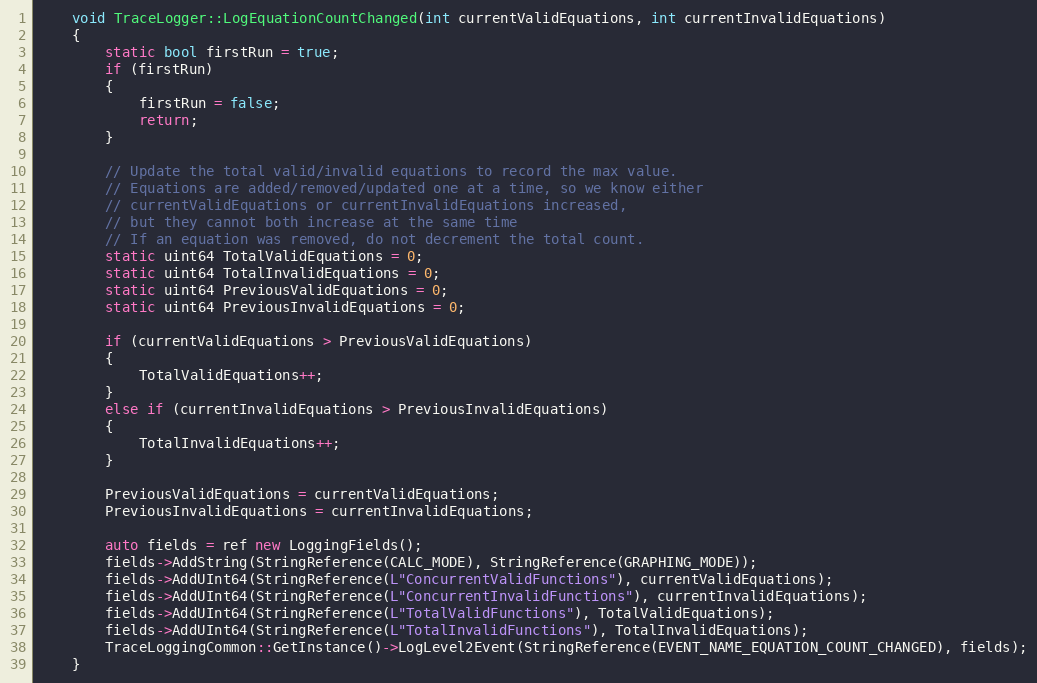
Language: C++
    void TraceLogger::LogEquationCountChanged(int currentValidEquations, int currentInvalidEquations)
    {
        static bool firstRun = true;
        if (firstRun)
        {
            firstRun = false;
            return;
        }

        // Update the total valid/invalid equations to record the max value.
        // Equations are added/removed/updated one at a time, so we know either
        // currentValidEquations or currentInvalidEquations increased,
        // but they cannot both increase at the same time
        // If an equation was removed, do not decrement the total count.
        static uint64 TotalValidEquations = 0;
        static uint64 TotalInvalidEquations = 0;
        static uint64 PreviousValidEquations = 0;
        static uint64 PreviousInvalidEquations = 0;

        if (currentValidEquations > PreviousValidEquations)
        {
            TotalValidEquations++;
        }
        else if (currentInvalidEquations > PreviousInvalidEquations)
        {
            TotalInvalidEquations++;
        }

        PreviousValidEquations = currentValidEquations;
        PreviousInvalidEquations = currentInvalidEquations;

        auto fields = ref new LoggingFields();
        fields->AddString(StringReference(CALC_MODE), StringReference(GRAPHING_MODE));
        fields->AddUInt64(StringReference(L"ConcurrentValidFunctions"), currentValidEquations);
        fields->AddUInt64(StringReference(L"ConcurrentInvalidFunctions"), currentInvalidEquations);
        fields->AddUInt64(StringReference(L"TotalValidFunctions"), TotalValidEquations);
        fields->AddUInt64(StringReference(L"TotalInvalidFunctions"), TotalInvalidEquations);
        TraceLoggingCommon::GetInstance()->LogLevel2Event(StringReference(EVENT_NAME_EQUATION_COUNT_CHANGED), fields);
    }